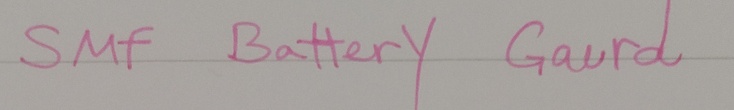
Text: SMF Battery Gaurd